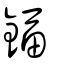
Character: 鍢